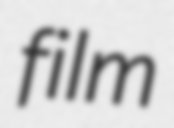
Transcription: film